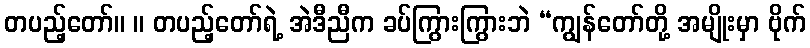
တပည့်တော်။ ။ တပည့်တော်ရဲ့ အဲဒီညီက ခပ်ကြွားကြွားဘဲ “ကျွန်တော်တို့ အမျိုးမှာ ဗိုက်